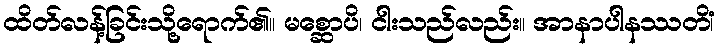
ထိတ်လန့်ခြင်းသို့ရောက်၏။ မစ္ဆောပိ၊ ငါးသည်လည်း။ အာနာပါနဿတိံ၊